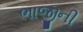
ભાજીની